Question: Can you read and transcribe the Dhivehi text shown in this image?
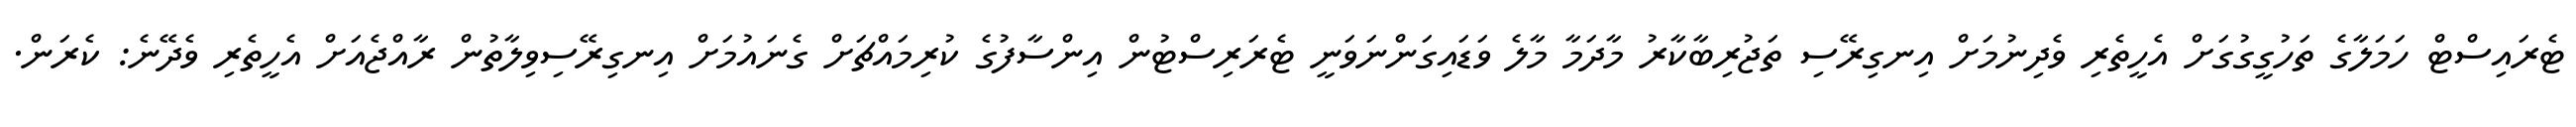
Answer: ޓެރައިސްޓް ހަމަލާގެ ތަހުގީގުގަށް އެހީތެރި ވެދިނުމަށް އިނގިރޭސި ތަޖުރިބާކާރު މާދަމާ މާލެ ވަޑައިގަންނަވަނީ ޓެރަރިސްޓުން އިންސާފުގެ ކުރިމައްޗަށް ގެނައުމަށް އިނގިރޭސިވިލާތުން ރާއްޖެއަށް އެހީތެރި ވެދޭނެ: ކެރަން.